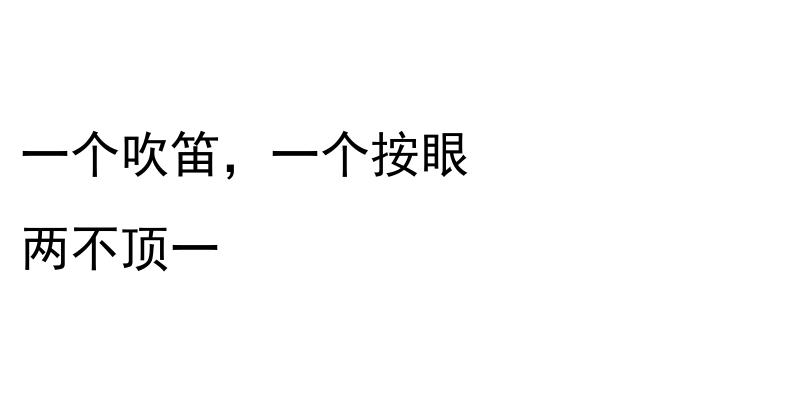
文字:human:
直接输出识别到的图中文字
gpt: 一个吹笛，一个按眼 两不顶一